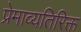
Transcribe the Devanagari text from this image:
प्रेमाव्यतिरिक्त